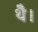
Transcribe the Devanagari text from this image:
थेै।